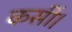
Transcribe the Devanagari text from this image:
कसीं।